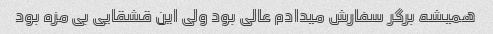
همیشه برگر سفارش میدادم عالی بود ولی این قشقایی بی مزه بود